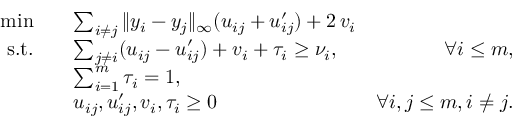
\begin{array} { r l r } { \operatorname* { m i n } \quad } & { \sum _ { i \neq j } \| y _ { i } - y _ { j } \| _ { \infty } ( u _ { i j } + u _ { i j } ^ { \prime } ) + 2 \, v _ { i } } \\ { \mathrm { s . t . } \quad } & { \sum _ { j \neq i } ( u _ { i j } - u _ { i j } ^ { \prime } ) + v _ { i } + \tau _ { i } \geq \nu _ { i } , } & { \forall { i \leq m } , } \\ & { \sum _ { i = 1 } ^ { m } \tau _ { i } = 1 , } & \\ & { u _ { i j } , u _ { i j } ^ { \prime } , v _ { i } , \tau _ { i } \geq 0 } & { \forall i , j \leq m , i \not = j . } \end{array}